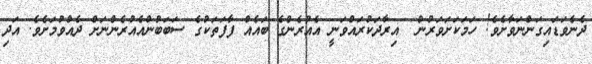
ދެނެވަޑައިގަންނަވާށެވެ! ހަމަކަށަވަރުން  އިރާދަކުރައްވަނީ އެއުރެންގެ ބައެއް ފާފަތަކުގެ ސަބަބުންއެއުރެންނަށް ދެއްވުމަށެވެ. އަދި